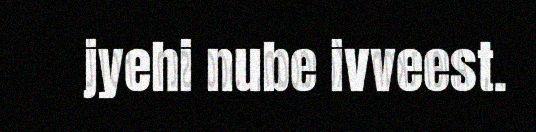
jyehi nube ivveest.